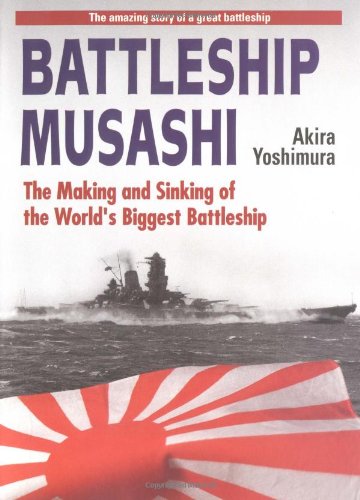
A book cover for Battleship Musashi: The Making and Sinking of the Worlds Biggest Battleship; Akira Yoshimura; History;